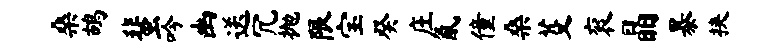
桑鸪蜚吟幽送冗抛限宝癸庄氤僮桑芟衮晶暴挟